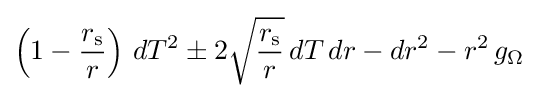
\left(1-{\frac {r_{\mathrm {s} }}{r}}\right)\,dT^{2}\pm 2{\sqrt {\frac {r_{\mathrm {s} }}{r}}}\,dT\,dr-dr^{2}-r^{2}\,g_{\Omega }